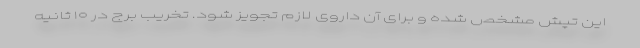
این تپش مشخص شده و برای آن داروی لازم تجویز شود. تخریب برج در ۱۰ ثانیه